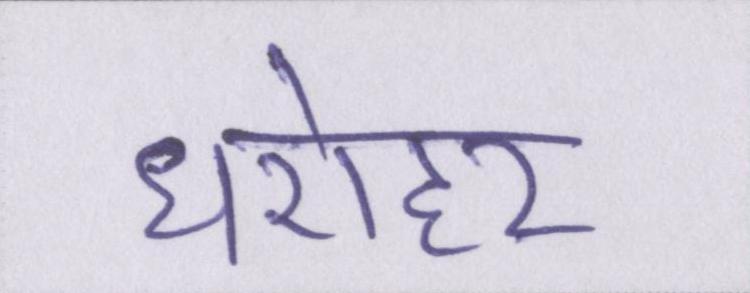
धरोहर